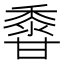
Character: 𪏽